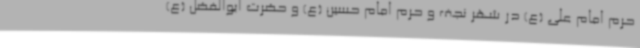
حرم امام علی (ع) در شهر نجف و حرم امام حسین (ع) و حضرت ابوالفضل (ع)